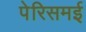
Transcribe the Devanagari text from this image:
पेरिसमई